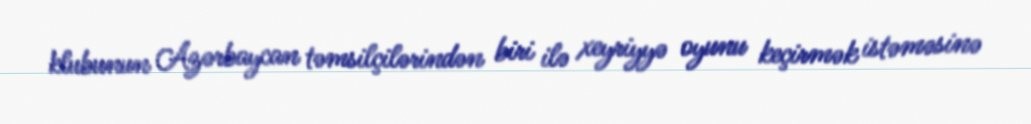
klubunun Azərbaycan təmsilçilərindən biri ilə xeyriyyə oyunu keçirmək istəməsinə